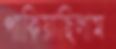
পাকিয়াছিলাম